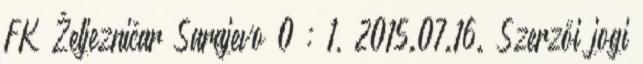
FK Željezničar Sarajevo 0 : 1, 2015.07.16. Szerzői jogi